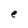
Character: e